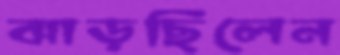
ঝাড়ছিলেন